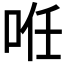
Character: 𠲏